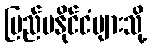
ပြည်ပနိုင်ငံများသို့